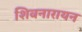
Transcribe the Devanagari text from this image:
शिवनारायन